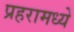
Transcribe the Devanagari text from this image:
प्रहरामध्ये